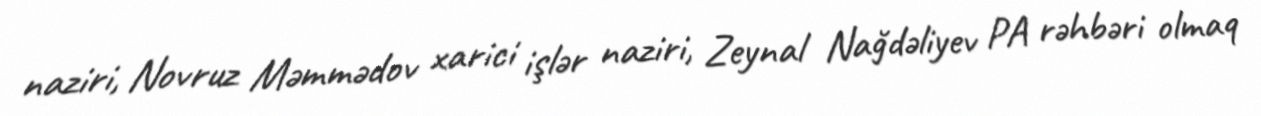
naziri, Novruz Məmmədov xarici işlər naziri, Zeynal Nağdəliyev PA rəhbəri olmaq